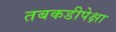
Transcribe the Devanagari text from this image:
तबकडीपेक्षा